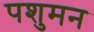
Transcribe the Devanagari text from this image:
पशुमन